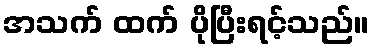
အသက် ထက် ပိုပြီးရင့်သည်။